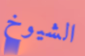
الشيوخ